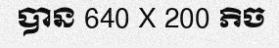
បាន 640 X 200 ភិច